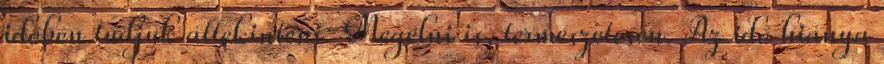
időben tudjuk áttekinteni. Megélni is, természetesen. Az idő hiánya